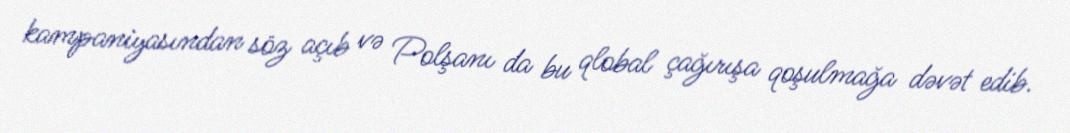
kampaniyasından söz açıb və Polşanı da bu qlobal çağırışa qoşulmağa dəvət edib.